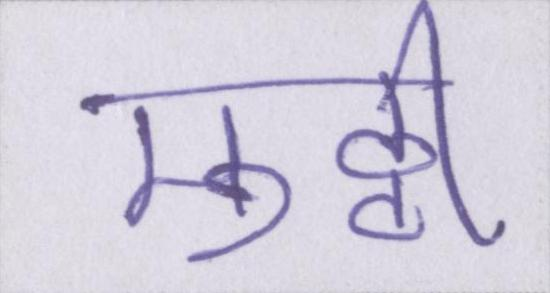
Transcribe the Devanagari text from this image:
मुठ्ठी